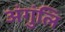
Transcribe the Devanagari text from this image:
अंगुंलि